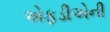
એફડીએની